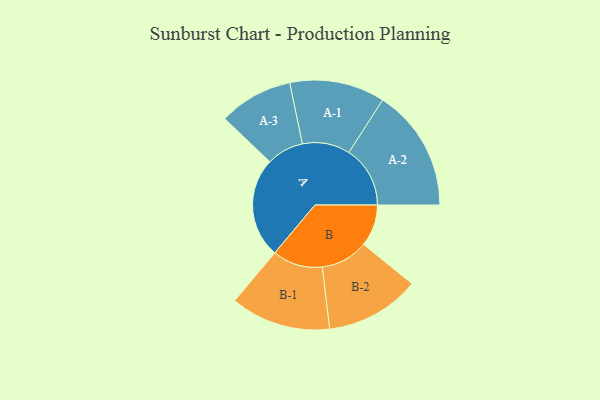
{"axis": {"x": "Segment", "y": "Value"}, "legend": ["", "A", "B"], "data": [{"x": "A", "y": 360, "type": ""}, {"x": "B", "y": 150, "type": ""}, {"x": "A-1", "y": 171, "type": "A"}, {"x": "A-2", "y": 220, "type": "A"}, {"x": "A-3", "y": 133, "type": "A"}, {"x": "B-1", "y": 180, "type": "B"}, {"x": "B-2", "y": 170, "type": "B"}]}